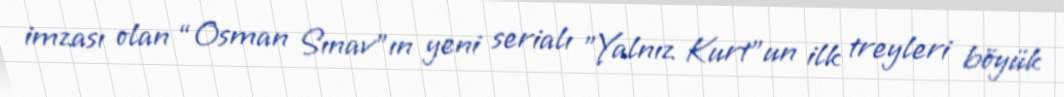
imzası olan “Osman Sınav”ın yeni serialı "Yalnız Kurt"un ilk treyleri böyük